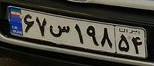
۶۷س۱۹۸۵۴